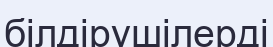
білдірушілерді